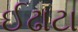
ઈઢાટા